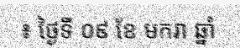
៖ ថ្ងៃទី ០៩ ខែ មករា ឆ្នាំ